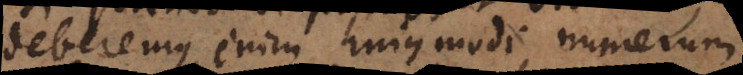
deberemus enim hujusmodi numerum